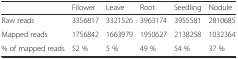
|  | Filower | Leave | Root | Seedling | Nodule |
 | --- | --- | --- | --- | --- | --- |
 | Raw reads | 3356817 | 3321526 | 3963174 | 3955581 | 2810685 |
 | Mapped reads | 1756842 | 1663979 | 1950627 | 2138258 | 1032364 |
 | % of mapped reads | 52 % | 5 % | 49 % | 54 % | 37 % |